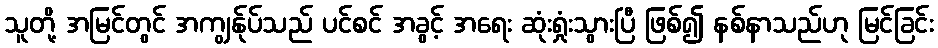
သူတို့ အမြင်တွင် အကျွန်ုပ်သည် ပင်စင် အခွင့် အရေး ဆုံးရှုံးသွားပြီ ဖြစ်၍ နစ်နာသည်ဟု မြင်ခြင်း